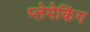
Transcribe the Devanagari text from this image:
प्लेमेकिंग